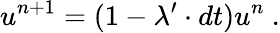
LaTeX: u^{n+1}=(1-\lambda^{\prime}\cdot dt)u^{n}\ .